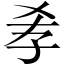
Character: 𡥉